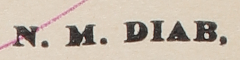
N.M. DIAB.